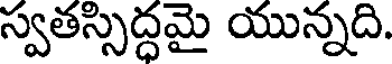
స్వతస్సిద్ధమై యున్నది.